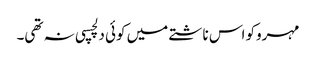
مہروکو اس ناشتے میں کوئی دلچسپی نہ تھی۔